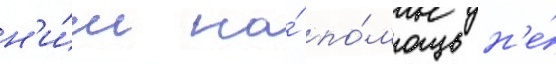
н'и́м на́ по́мощь н'е́